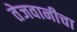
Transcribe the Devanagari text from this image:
तेजवानीचा